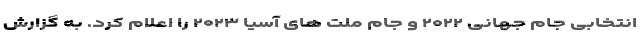
انتخابی جام جهانی ۲۰۲۲ و جام ملت های آسیا ۲۰۲۳ را اعلام کرد. به گزارش